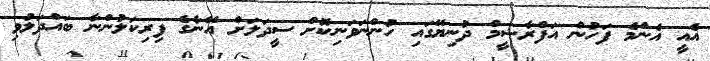
އެއީ އެންމެ ފަހުން އަފްރާޝީމް ދުނިޔޭގައި ހުންނަވަނިކޮށް ސީދަލަށް އޭނާގެ ފިރިކަލުންނާ ބައްދަލުވި